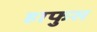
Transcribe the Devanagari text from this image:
हाफुस